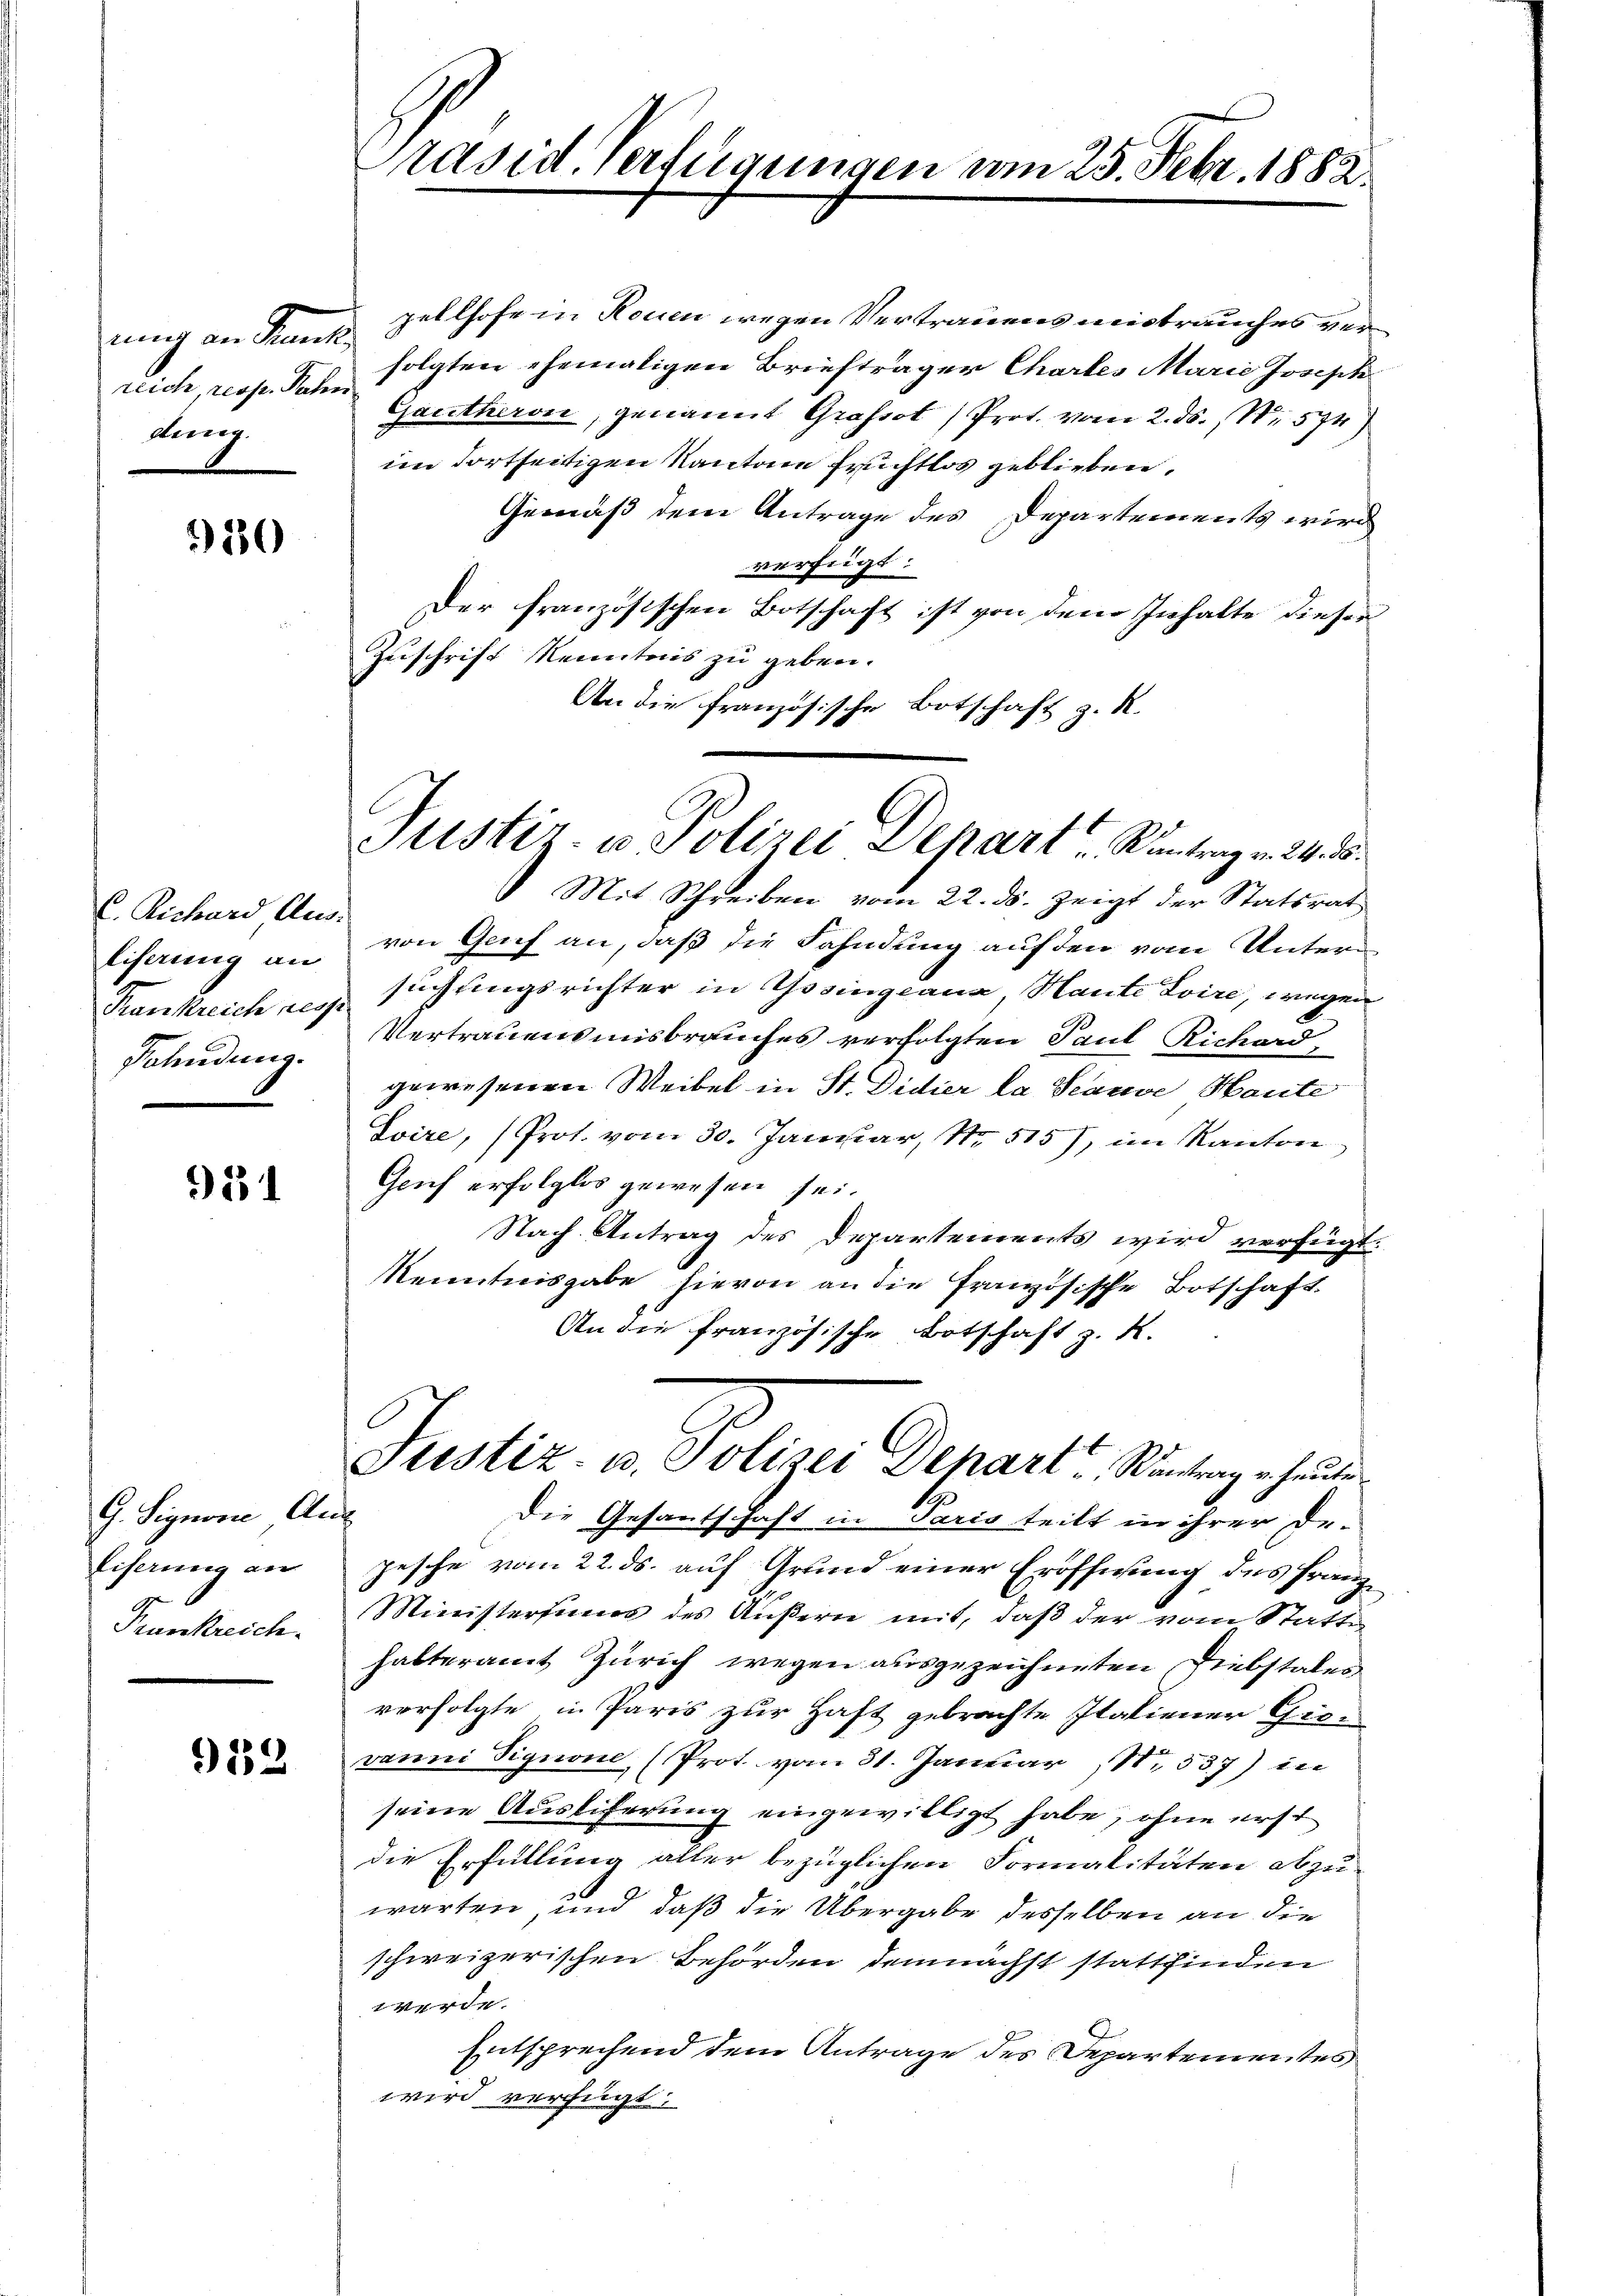
nung an Kennt,
reich, resp. Paten
ding.

280

Aachern Am
liserung an
Fahndung.

951

G. Signorie Aus
liserung an
Prunkreich

912

Präsid. Verfügungen vom 25. Febr. 1882.

pellhofe in Rouen wegen Vertrauens mistrauches verfolgten ehemaligen Briefträger Chartes Marie Joseph
Gautheron, genannt Grafsot Prot. vom 2. ds., Nr. 574)
im Fortseitigen Kantone Fruchtlos geblieben.
Gemäß dem Antrage des Departements wird
verfügt:
Der französischen Botschaft ist von dem Inhalte dieser
Zuschrift Kenntnis zu geben.
An die französische Botschaft z. R.

Justiz- u Polizei Schart antrag v. 24. ds.

Justiz- u. Polizei Depart, Wantrag er heute

Mit Schreiben vom 22. ds. zeigt der Statsrat
von Gruf an, daß die Fahndung auf den vom Untern
Krankreich resp. suchungsrichter in Gosingeana, Haute Loire, wegen
Vertrauensmisbrauches verfolgten Paul Richard,
gewesenen Weibel in St. Didier la Seauve Haute
Soire, (Prot. vom 30. Januar, No. 515), im Kanton
Gruf erfolglos gewesen sei.
Nach Antrag des Departements wird verfügt:
Kenntnisgabe hievon an die französische Botschaft.
An die französische Botschaft z. K.
Die Gesantschaft in Paris teilt in ihrer De-
pesche vom 22. ds. auf Grund einer Eröffnung des Franz
Ministersums des Äußern mit, daß der vom Statte
halteramt Zürich wegen ausgezeichneten Diebstales
vorfolgte in Paris zur Haft gebrachte Italiener Grovanni Signone, (Prot. vom 31. Januar 181. 537) in
seine Ausliferung eingewilligt habe, ohne erst
die Erfüllung aller bezüglichen Formalitäten abzu-
warten, und daß die Übergabe desselben an die
schweizerischen Behörden demnächst stattfinden
werde.
Entsprechend dem Antrage des Departementes
wird verfügt: